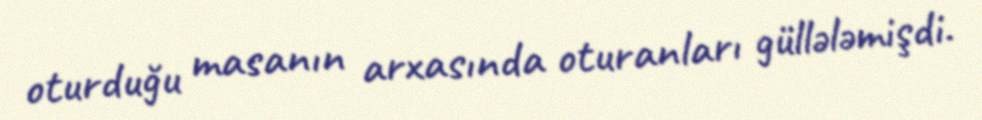
oturduğu masanın arxasında oturanları güllələmişdi.